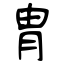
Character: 冑